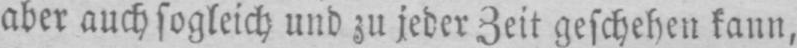
aber auch sogleich und zu jeder Zeit geschehen kann,